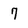
Character: 7